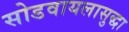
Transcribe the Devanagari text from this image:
सोडवायलासुद्धा